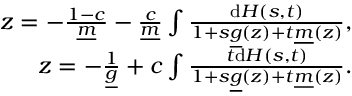
\begin{array} { r } { z = - \frac { 1 - c } { \underline { { m } } } - \frac { c } { \underline { { m } } } \int \frac { \mathrm { d } H ( s , t ) } { 1 + s \underline { { g } } ( z ) + t \underline { { m } } ( z ) } , } \\ { z = - \frac { 1 } { \underline { { g } } } + c \int \frac { t \mathrm { d } H ( s , t ) } { 1 + s \underline { { g } } ( z ) + t \underline { { m } } ( z ) } . } \end{array}